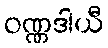
ဝဏ္ဏဒါယီ